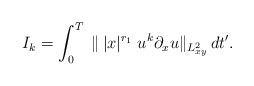
LaTeX: \begin{align*}I_{k}=\int_0^{T}\;\|\,|x|^{r_1}\;u^k\partial_xu\|_{L^2_{xy}}\,dt'.\end{align*}